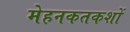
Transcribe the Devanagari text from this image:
मेहनकतकशों